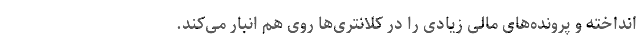
انداخته و پرونده‌های مالی زیادی را در کلانتری‌ها روی هم انبار می‌کند.